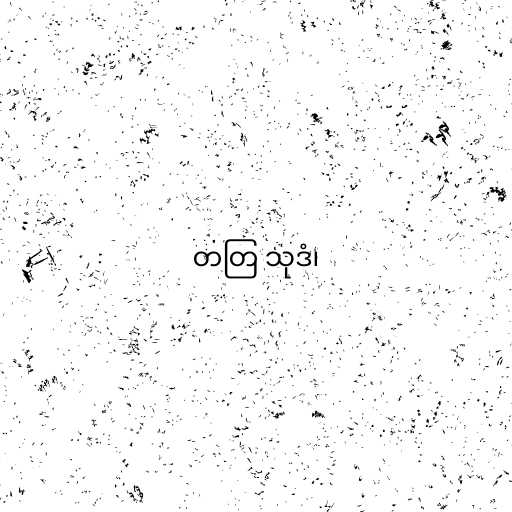
တတြ သုဒံ၊